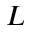
_ { L }